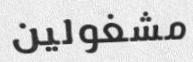
مشغولين